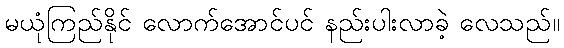
မယုံကြည်နိုင် လောက်အောင်ပင် နည်းပါးလာခဲ့ လေသည်။